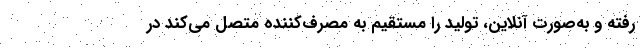
رفته و به‌صورت آنلاين، توليد را مستقيم به مصرف‌كننده متصل مي‌كند در